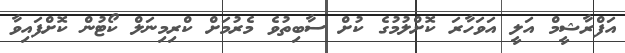
އަފްރާޝީމް އަލީ އަވަހާރަ ކޮށްލުމުގެ ކުށް ސާބިތުވެ މެރުމަށް ކްރިމިނަލް ކޯޓުން ކޮށްފައިވާ